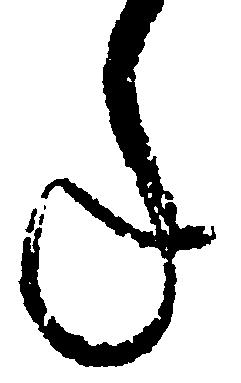
年